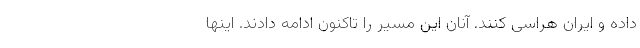
داده و ایران هراسی کنند. آنان این مسیر را تاکنون ادامه دادند. اینها